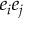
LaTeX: e _ { i } e _ { j }